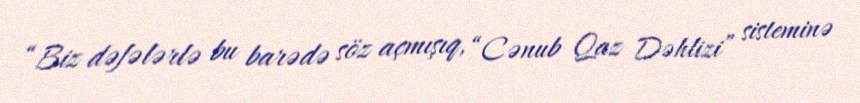
“Biz dəfələrlə bu barədə söz açmışıq, “Cənub Qaz Dəhlizi” sisteminə